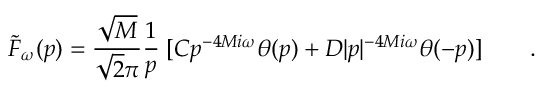
{ \tilde { \cal F } } _ { \omega } ( p ) = { \frac { \sqrt { M } } { \sqrt { 2 } \pi } } { \frac { 1 } { p } } \; [ C p ^ { - 4 M i \omega } \theta ( p ) + D \vert p \vert ^ { - 4 M i \omega } \theta ( - p ) ] \qquad .